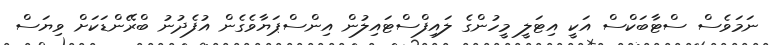
ނަމަވެސް ސްޓާބަކްސް އަކީ އިޓަލީ މީހުންގެ ލައިފްސްޓައިލުން އިންސްޕަޔާވެގެން އުފެދުނު ބްރޭންޑަކަށް ވިޔަސް